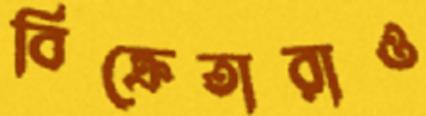
বিক্রেতারাও